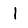
Digit: 1